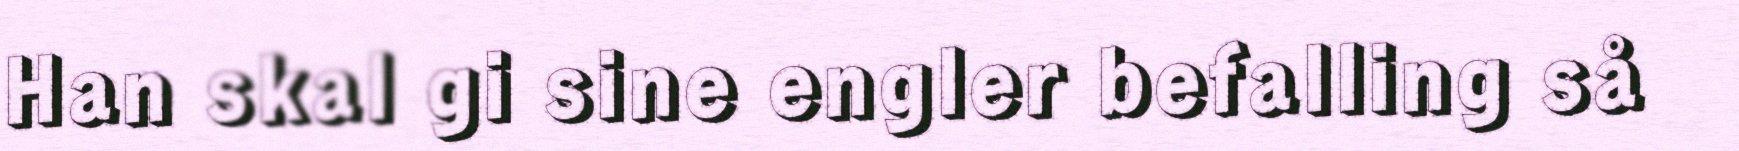
Han skal gi sine engler befalling så